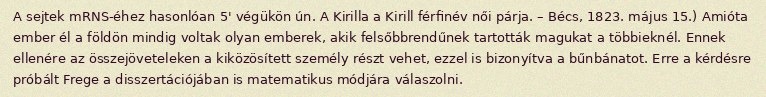
A sejtek mRNS-éhez hasonlóan 5' végükön ún. A Kirilla a Kirill férfinév női párja. – Bécs, 1823. május 15.) Amióta ember él a földön mindig voltak olyan emberek, akik felsőbbrendűnek tartották magukat a többieknél. Ennek ellenére az összejöveteleken a kiközösített személy részt vehet, ezzel is bizonyítva a bűnbánatot. Erre a kérdésre próbált Frege a disszertációjában is matematikus módjára válaszolni.